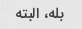
بله، البته